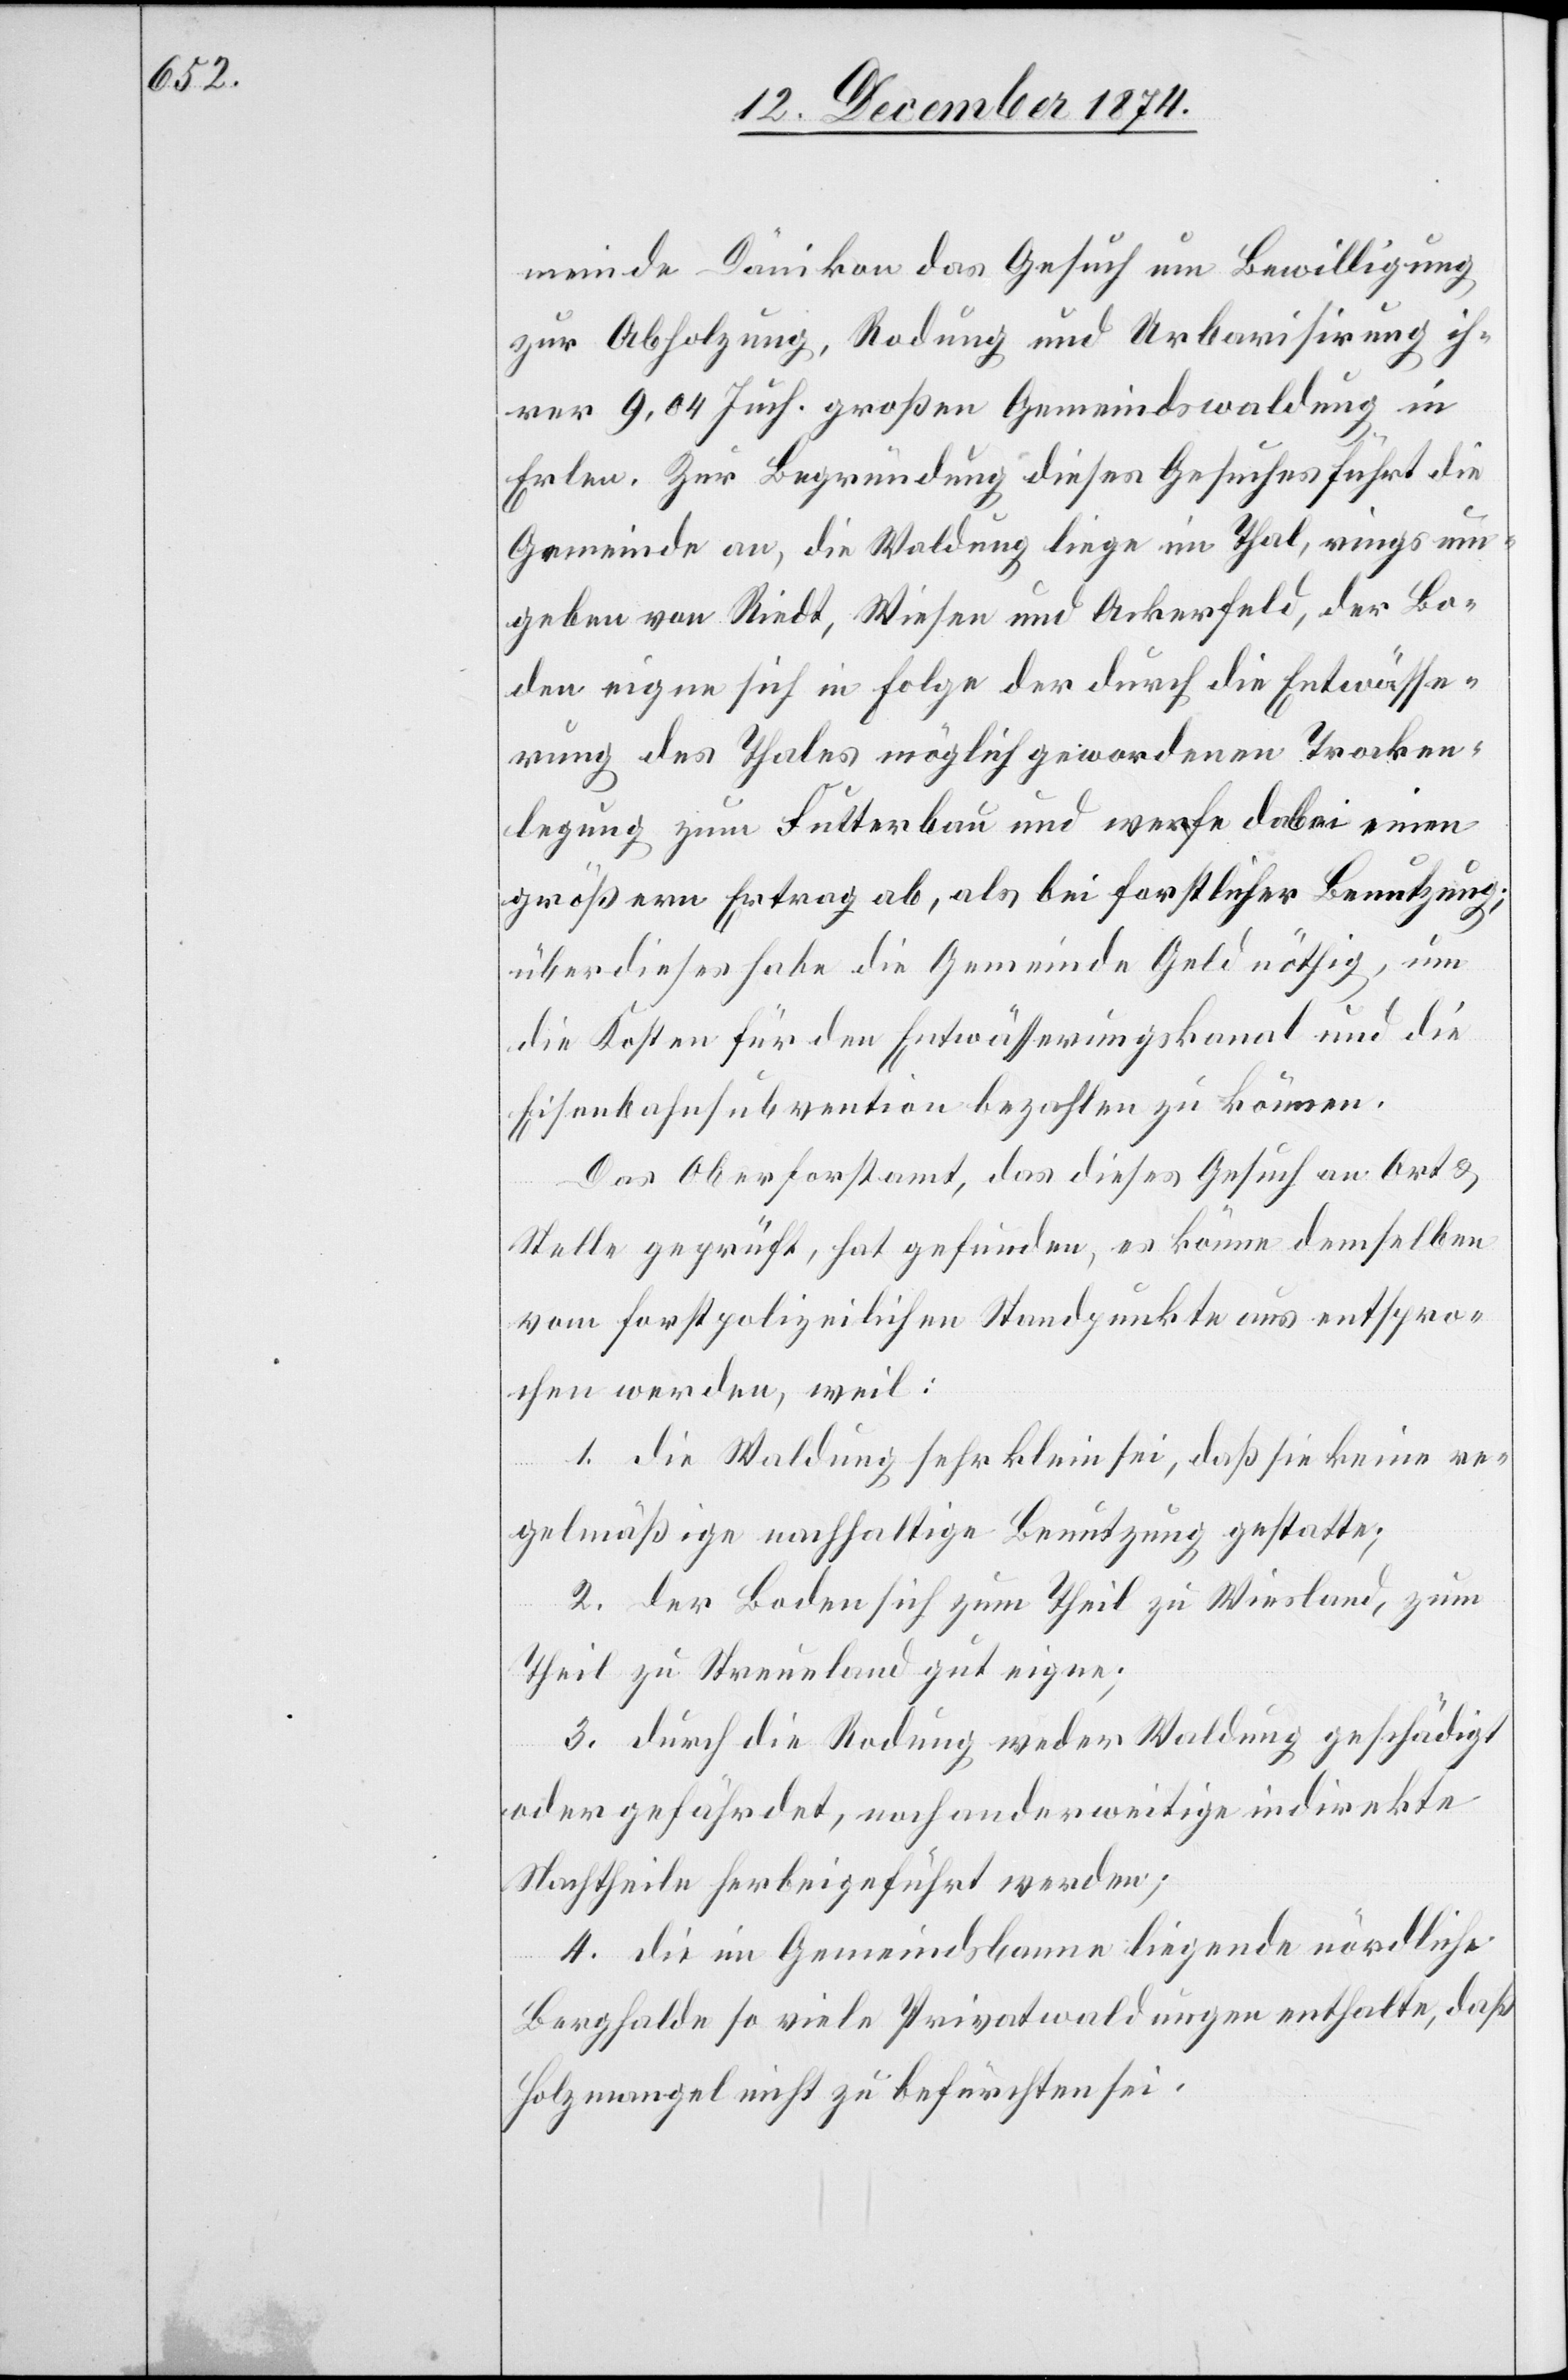
meinde Dänikon das Gesuch um Bewilligung
zur Abholzung, Rodung und Urbanisirung ih¬
rer 9,04 Juch. großen Gemeindswaldung in
Erlen. Zur Begründung dieses Gesuches führt die
Gemeinde an, die Waldung liege im Thal, rings um¬
geben von Riedt, Wiesen und Ackerfeld, der Bo¬
den eigne sich in Folge der durch die Entwässe¬
rung des Thales möglich gewordenen Trocken¬
legung zum Futterbau und werfe dabei einen
größern Ertrag ab, als bei forstlicher Benutzung;
über dieses habe die Gemeinde Geld nöthig, um
die Kosten für den Entwässerungskanal und die
Eisenbahnsubvention bezahlen zu können.
Das Oberforstamt, das dieses Gesuch an Ort &
Stelle geprüft, hat gefunden, es könne demselben
vom forstpolizeilichen Standpunkte aus entspro¬
chen werden, weil:
1. die Waldung sehr klein sei, daß sie keine re¬
gelmäßige nachhaltige Benutzung gestalte;
2. der Boden sich zum Theil zu Wiesland, zum
Theil zu Streueland gut eigne;
3. durch die Rodung weder Waldung geschädigt
oder gefährdet, noch anderweitige indirekte
Nachtheile herbeigeführt werden;
4. die im Gemeindsbanne liegende nördliche
Berghalde so viele Privatwaldungen enthalte, daß
Holzmangel nicht zu befürchten sei.